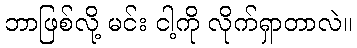
ဘာဖြစ်လို့ မင်း ငါ့ကို လိုက်ရှာတာလဲ။